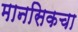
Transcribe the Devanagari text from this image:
मानसिकचा